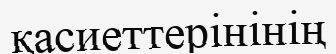
қасиеттерінінің